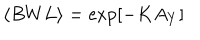
\langle B W L \rangle = \exp [ - K A _ { Y } ]